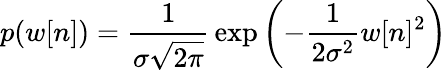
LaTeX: p(w[n])={\frac{1}{\sigma{\sqrt{2\pi}}}}\exp\left(-{\frac{1}{2\sigma^{2}}}w[n]^{2}\right)